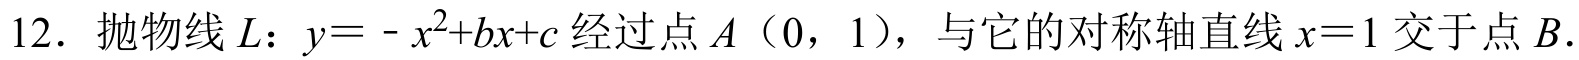
12. 抛物线\(L\)：\(y = -x^{2}+bx + c\)经过点\(A\)（\(0\)，\(1\)），与它的对称轴直线\(x = 1\)交于点\(B\).